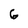
Character: 6